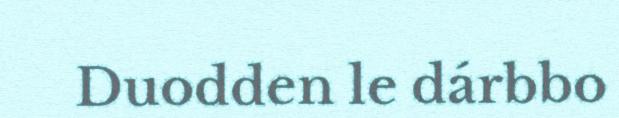
Duodden le dárbbo